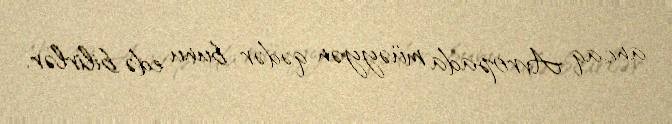
ancaq Avropada müəyyən qədər bunu edə bilirlər.